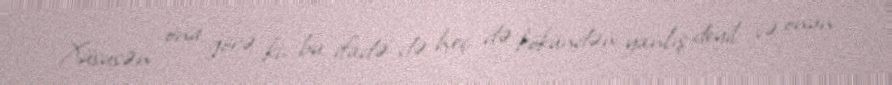
Xüsusən ona görə ki, bu ifadə də heç də kökündən yanlış deyil və onun